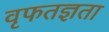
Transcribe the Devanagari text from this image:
वृफतज्ञता